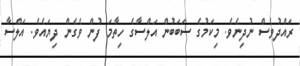
ރައްދުވެސް ނުދިނެވެ. މިކަމުގެ ސަބަބުން އަލްސާގެ ހިތާމަ ފުން ވެގެން ދިޔައެވެ. އަލްސާ